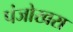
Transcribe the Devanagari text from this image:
पंजोखरा